Annual report of lunatic asylums [Bombay] - 1912-1922
Year: 1912
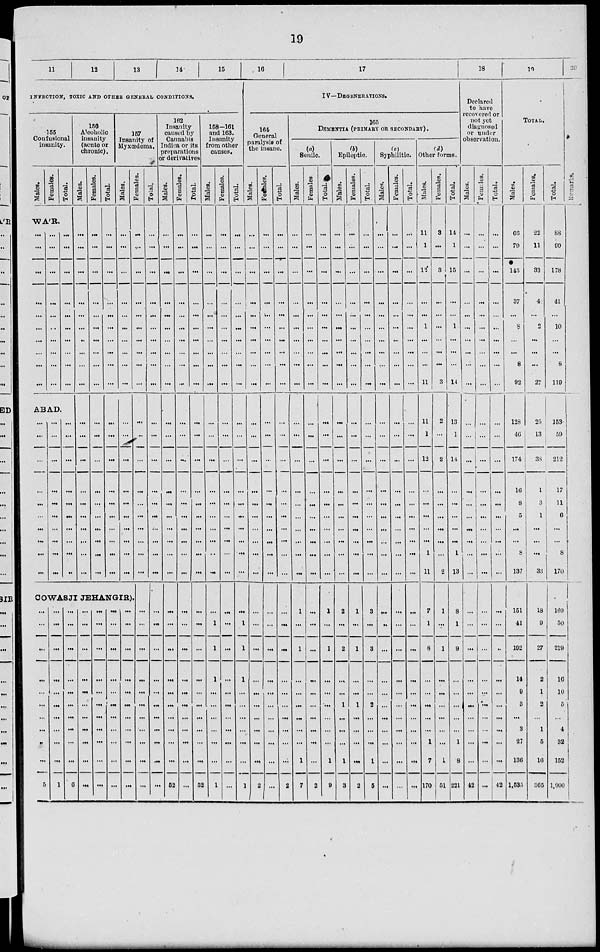
19
11
12
13
14
15
INFECTION, TOXIC AND OTHER GENERAL CONDITIONS.
155
Confusional
insanity.
Males.
Females.
Total.
WA'R.
...
...
...
...
...
...
...
...
...
...
...
...
...
...
...
...
...
...
...
...
...
...
...
...
...
...
...
...
...
ABAD.
...
...
...
...
...
...
...
...
...
...
...
...
...
...
...
...
...
...
...
...
...
...
...
...
...
...
...
...
...
...
156
Alcoholic
insanity
(acute or
chronic).
Males.
...
...
...
...
...
...
...
...
...
...
...
...
...
...
...
...
...
...
...
...
Females.
...
...
...
...
...
...
...
...
...
...
...
...
...
...
...
...
...
...
...
...
Total.
...
...
...
...
...
...
...
...
...
...
...
...
...
...
...
...
...
...
...
...
157
Insanity of
Myxœdema.
Males.
...
...
...
...
...
...
...
...
...
...
...
...
...
...
...
...
...
...
...
...
COWASJI JEHANGIR).
...
...
...
...
...
...
...
...
...
...
5
...
...
...
...
...
...
...
...
...
...
1
...
...
...
...
...
...
...
...
...
...
6
...
...
...
...
...
...
...
...
...
...
...
...
...
...
...
...
...
...
...
...
...
...
...
...
...
...
...
...
...
...
...
...
...
...
...
...
...
...
...
...
...
...
...
...
Females.
...
...
...
...
...
...
...
...
...
...
...
...
...
...
...
...
...
...
...
...
...
...
...
...
...
...
...
...
...
...
...
Total.
...
...
...
...
...
...
...
...
...
...
...
...
...
...
...
...
...
...
...
...
...
...
...
...
...
...
...
...
...
...
...
162
Insanity
caused by
Cannabis
Indica or its
preparations
or derivatives
Males.
...
...
...
...
...
...
...
...
...
...
...
...
...
...
...
...
...
...
...
...
...
...
...
...
...
...
...
...
...
...
52
Females.
...
...
...
...
...
...
...
...
...
...
...
...
...
...
...
...
...
...
...
...
...
...
...
...
...
...
...
...
...
...
...
Total.
...
...
...
...
...
...
...
...
...
...
...
...
...
...
...
...
...
...
...
...
...
...
...
...
...
...
...
...
...
...
52
158-161
and 163.
Insanity
from other
causes.
Males.
...
...
...
...
...
...
...
...
...
...
...
...
...
...
...
...
...
...
...
...
...
1
1
1
...
...
...
...
...
...
1
Females.
...
...
...
...
...
...
...
...
...
...
...
...
...
...
...
...
...
...
...
...
...
...
...
...
...
...
...
...
...
...
...
Total.
...
...
...
...
...
...
...
...
...
...
...
...
...
...
...
...
...
...
...
...
...
1
1
1
...
...
...
...
...
...
1
16
17
IV—DEGENERATIONS.
164
General
paralysis of
the insane.
Males.
...
...
...
...
...
...
...
...
...
...
...
...
...
...
...
...
...
...
...
...
...
...
...
...
...
...
...
...
...
...
...
Females.
...
...
...
...
...
...
...
...
...
...
...
...
...
...
...
...
...
...
...
...
...
...
...
...
...
...
...
...
...
...
...
Total.
...
...
...
...
...
...
...
...
...
...
...
...
...
...
...
...
...
...
...
...
...
...
...
...
...
...
...
...
...
...
2
165
DEMENTIA (PRIMARY OR SECONDARY) .
(a)
Senile.
Males.
...
...
...
...
...
...
...
...
...
...
...
...
...
...
...
...
...
...
...
...
1
...
1
...
...
...
...
...
...
1
7
Females.
...
...
...
...
...
...
...
...
...
...
...
...
...
...
...
...
...
...
...
...
...
...
...
...
...
...
...
...
...
...
2
Total.
...
...
...
...
...
...
...
...
...
...
...
...
...
...
...
...
...
...
...
...
1
...
1
...
...
...
...
...
...
1
9
(b).
Epileptic.
Males.
...
...
...
...
...
...
...
...
...
...
...
...
...
...
...
...
...
...
...
2
...
2
...
...
1
...
...
...
1
3
Females.
...
...
...
...
...
...
...
...
...
...
...
...
...
...
...
...
...
...
...
...
1
...
1
...
...
1
...
...
...
...
2
Total.
...
...
...
...
...
...
...
...
...
...
...
...
...
...
...
...
...
...
...
...
3
...
3
...
...
2
...
...
...
1
5
(c)
Syphilitic.
Males.
...
...
...
...
...
...
...
...
...
...
...
...
...
...
...
...
...
...
...
...
...
...
...
...
...
...
...
...
...
...
...
Females.
...
...
...
...
...
...
...
...
...
...
...
...
...
...
...
...
...
...
...
...
...
...
...
...
...
...
...
...
...
...
...
Total.
...
...
...
...
...
...
...
...
...
...
...
...
...
...
...
...
...
...
...
...
...
...
...
...
...
...
...
...
...
...
(d)
Other forms.
Males.
11
1
12
...
...
1
...
...
...
11
11
1
12
...
...
...
...
...
1
11
7
1
8
...
...
...
...
...
1
7
170
Females.
3
...
3
...
...
...
...
...
...
3
2
...
2
...
...
...
...
...
...
2
1
...
1
...
...
...
...
...
...
1
51
Total.
14
1
15
...
...
1
...
...
...
14
13
1
14
...
...
...
...
...
1
13
8
1
9
...
...
...
...
...
1
8
221
18
Declared
to have
recovered or
not yet
diagnosed
or under
observation.
Males.
...
...
...
...
...
...
...
...
...
...
...
...
...
...
...
...
...
...
...
...
...
...
...
...
...
...
...
...
...
...
42
Females.
...
...
...
...
...
...
...
...
...
...
...
...
...
...
...
...
...
...
...
...
...
...
...
...
...
...
...
...
...
...
...
Total.
...
...
...
...
...
...
...
...
...
...
...
...
...
...
...
...
...
...
...
...
...
...
...
...
...
...
...
...
...
42
19
TOTAL.
Males.
66
79
145
37
...
8
...
...
8
92
128
46
174
16
8
5
...
...
8
137
151
41
192
14
9
3
...
3
27
136
1,535
Females.
22
11
33
4
...
2
...
...
...
27
25
13
38
1
3
1
...
...
...
33
18
9
27
2
1
2
...
1
5
16
365
Total.
88
90
178
41
...
10
...
...
8
119
153
59
212
17
11
6
...
...
8
170
169
50
219
16
10
5
...
4
32
152
1,900
20
Remarks.